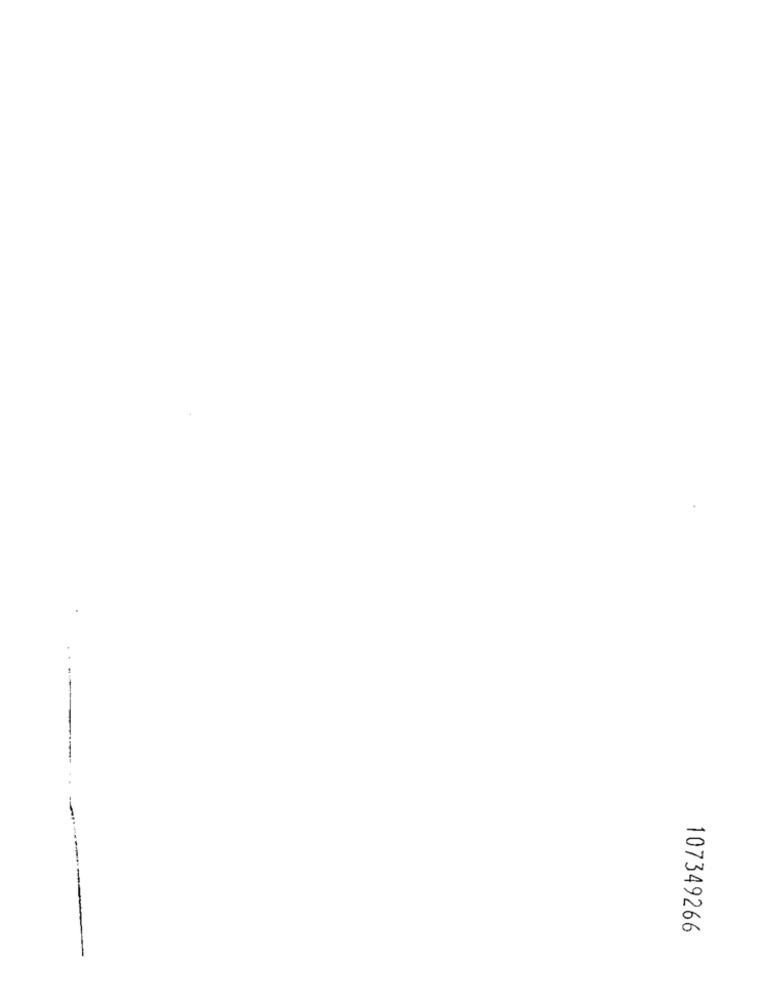
107349266